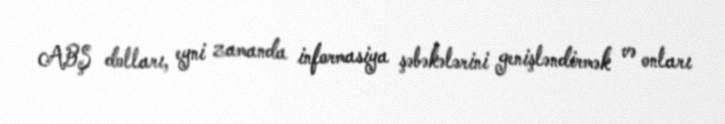
ABŞ dolları, eyni zamanda informasiya şəbəkələrini genişləndirmək və onları